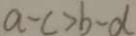
a - c > b - d